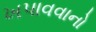
ખપાવવાનો